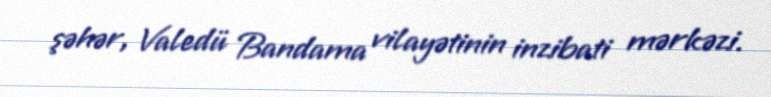
şəhər, Valedü Bandama vilayətinin inzibati mərkəzi.